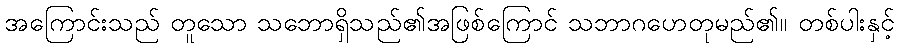
အကြောင်းသည် တူသော သဘောရှိသည်၏အဖြစ်ကြောင် သဘာဂဟေတုမည်၏။ တစ်ပါးနှင့်